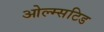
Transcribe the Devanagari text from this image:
ओल्म्सटिड